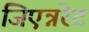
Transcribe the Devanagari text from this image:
जिएन्नरेट